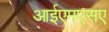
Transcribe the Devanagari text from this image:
आईएमएसए